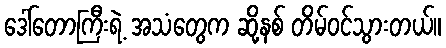
ဒေါ်တောကြီးရဲ့ အသံတွေက ဆို့နစ် တိမ်ဝင်သွားတယ်။